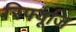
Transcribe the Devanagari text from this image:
रिफ्यूजि